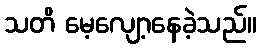
သတိ မေ့လျော့နေခဲ့သည်။